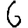
Digit: 6